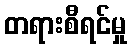
တရားစီရင်မှု